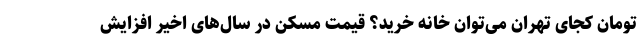
تومان کجای تهران می‌توان خانه خرید؟ قیمت مسکن در سال‌های اخیر افزایش